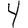
Digit: 4